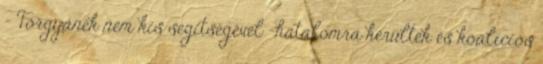
- Torgyánék nem kis segítségével –ha­talomra kerültek és koalíciós